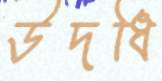
উদধি